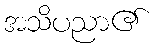
အသိပညာ၏